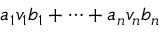
a _ { 1 } v _ { 1 } b _ { 1 } + \cdots + a _ { n } v _ { n } b _ { n }